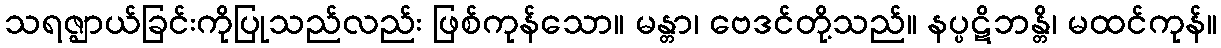
သရဇ္ဈာယ်ခြင်းကိုပြုသည်လည်း ဖြစ်ကုန်သော။ မန္တာ၊ ဗေဒင်တို့သည်။ နပ္ပဋိဘန္တိ၊ မထင်ကုန်။